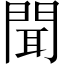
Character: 聞